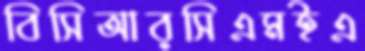
বিসিআরসিএমইএ